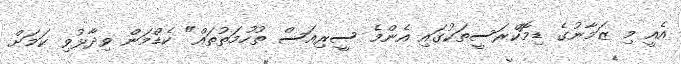
އެއީ މި ޒަމާނުގެ ޑިމޮކްރަސީތަކުގައި އެންމެ ސީރިއަސް ތުހުމަތުތައް" ކެޑްމަން ވިދާޅުވި ކަމަށް